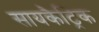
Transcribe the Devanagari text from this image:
सायकैट्रिक